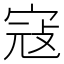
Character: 寇